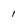
Character: 1